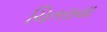
ચિતરાયા